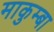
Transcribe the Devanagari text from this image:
माकुम्बा